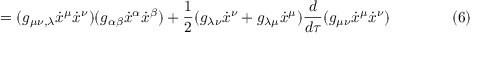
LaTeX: = ( g _ { \mu \nu , \lambda } { \dot { x } } ^ { \mu } { \dot { x } } ^ { \nu } ) ( g _ { \alpha \beta } { \dot { x } } ^ { \alpha } { \dot { x } } ^ { \beta } ) + { \frac { 1 } { 2 } } ( g _ { \lambda \nu } { \dot { x } } ^ { \nu } + g _ { \lambda \mu } { \dot { x } } ^ { \mu } ) { \frac { d } { d \tau } } ( g _ { \mu \nu } { \dot { x } } ^ { \mu } { \dot { x } } ^ { \nu } ) \qquad \qquad ( 6 )